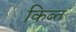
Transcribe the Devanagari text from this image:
किब्त